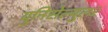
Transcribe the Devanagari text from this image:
युनिसेल्युलर